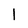
Character: 1